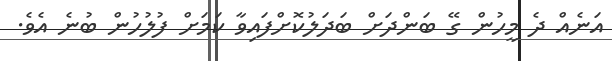
އަނެއް ދެ މީހުން ގޭ ބަންދަށް ބަދަލުކޮށްފައިވާ ކަމަށް ފުލުހުން ބުނެ އެވެ.